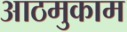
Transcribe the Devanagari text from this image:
आठमुकाम